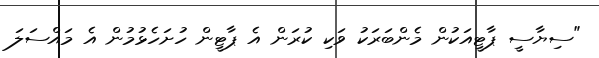
"ސިޔާސީ ޕާޓީއަކުން މެންބަރަކު ވަކި ކުރަން އެ ޕާޓީން ހުށަހެޅުމުން އެ މައްސަލަ